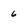
Character: 6